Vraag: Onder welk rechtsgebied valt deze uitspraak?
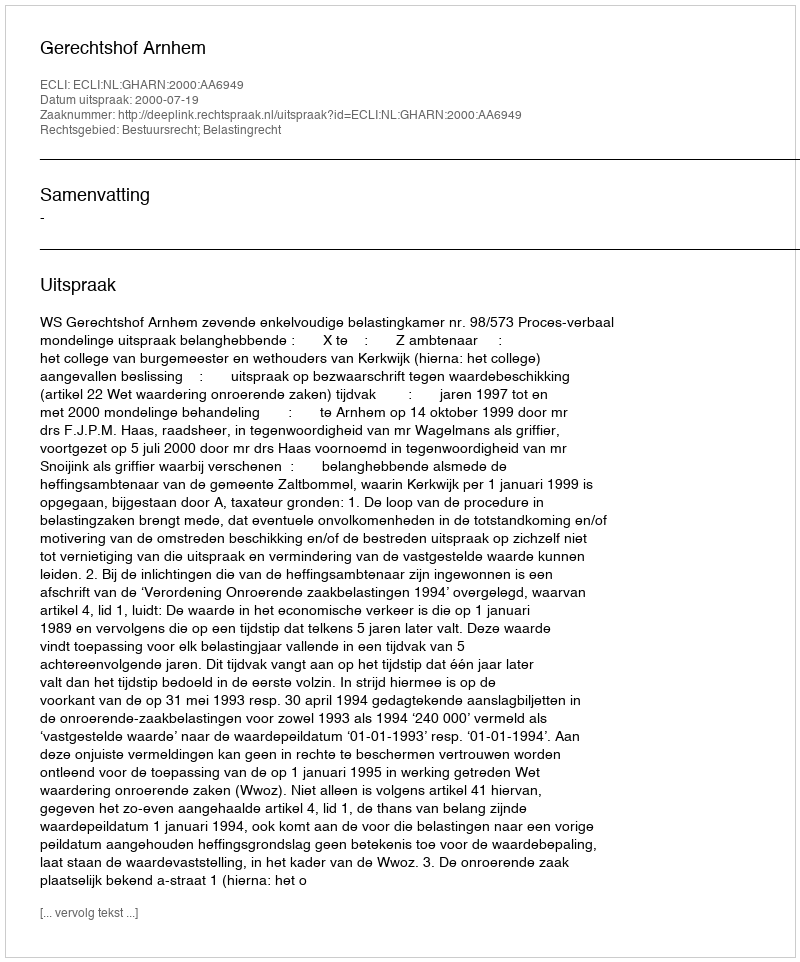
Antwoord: Bestuursrecht; Belastingrecht